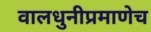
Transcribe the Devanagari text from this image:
वालधुनीप्रमाणेच